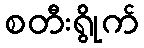
စတီးရွိုက်